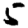
Digit: 5